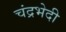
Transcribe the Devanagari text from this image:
चंद्रभेदी